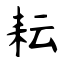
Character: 耘